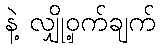
နဲ့ လျှို့ဝှက်ချက်